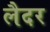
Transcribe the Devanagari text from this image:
लैदर